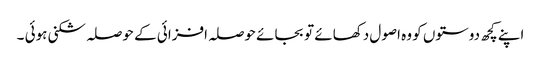
اپنے کچھ دوستوں کو وہ اصول دکھائے تو بجائے حوصلہ افزائی کے حوصلہ شکنی ہوئی ۔